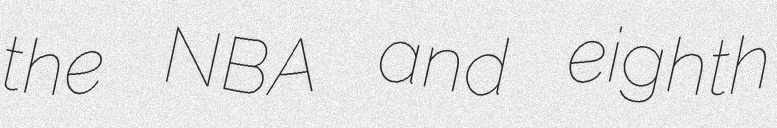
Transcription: the NBA and eighth